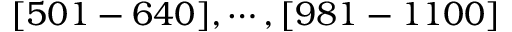
[ 5 0 1 - 6 4 0 ] , \cdots , [ 9 8 1 - 1 1 0 0 ]